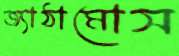
জ্যাঠামোস